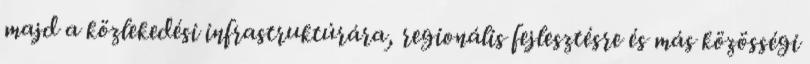
majd a közlekedési infrastruktúrára, regionális fejlesztésre és más közösségi